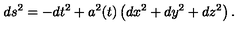
d s ^ { 2 } = - d t ^ { 2 } + a ^ { 2 } ( t ) \left( d x ^ { 2 } + d y ^ { 2 } + d z ^ { 2 } \right) .